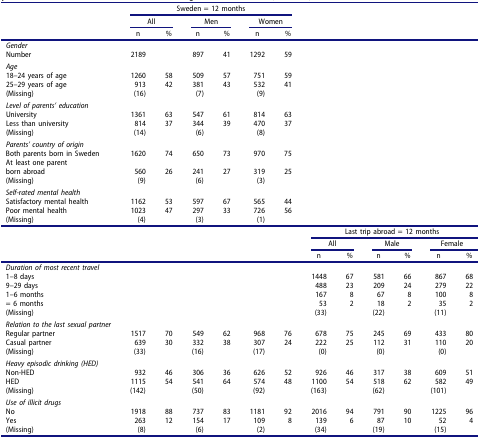
<table><thead><tr><td><b> </b></td><td colspan="6"><b>Sweden = 12 months</b></td><td><b> </b></td><td><b> </b></td><td><b> </b></td><td><b> </b></td><td><b> </b></td><td><b> </b></td></tr><tr><td><b> </b></td><td colspan="2"><b>All</b></td><td colspan="2"><b>Men</b></td><td colspan="2"><b>Women</b></td><td><b> </b></td><td><b> </b></td><td><b> </b></td><td><b> </b></td><td><b> </b></td><td><b> </b></td></tr><tr><td><b> </b></td><td><b>n</b></td><td><b>%</b></td><td><b>n</b></td><td><b>%</b></td><td><b>n</b></td><td><b>%</b></td><td><b> </b></td><td><b> </b></td><td><b> </b></td><td><b> </b></td><td><b> </b></td><td><b> </b></td></tr></thead><tbody><tr><td><i>Gender</i></td><td> </td><td> </td><td> </td><td> </td><td> </td><td> </td><td> </td><td> </td><td> </td><td> </td><td> </td><td> </td></tr><tr><td>Number</td><td>2189</td><td> </td><td>897</td><td>41</td><td>1292</td><td>59</td><td> </td><td> </td><td> </td><td> </td><td> </td><td> </td></tr><tr><td><i>Age</i></td><td> </td><td> </td><td> </td><td> </td><td> </td><td> </td><td> </td><td> </td><td> </td><td> </td><td> </td><td> </td></tr><tr><td>18–24 years of age</td><td>1260</td><td>58</td><td>509</td><td>57</td><td>751</td><td>59</td><td> </td><td> </td><td> </td><td> </td><td> </td><td> </td></tr><tr><td>25–29 years of age</td><td>913</td><td>42</td><td>381</td><td>43</td><td>532</td><td>41</td><td> </td><td> </td><td> </td><td> </td><td> </td><td> </td></tr><tr><td>(Missing)</td><td>(16)</td><td> </td><td>(7)</td><td> </td><td>(9)</td><td> </td><td> </td><td> </td><td> </td><td> </td><td> </td><td> </td></tr><tr><td><i>Level of parents’ education</i></td><td> </td><td> </td><td> </td><td> </td><td> </td><td> </td><td> </td><td> </td><td> </td><td> </td><td> </td><td> </td></tr><tr><td>University</td><td>1361</td><td>63</td><td>547</td><td>61</td><td>814</td><td>63</td><td> </td><td> </td><td> </td><td> </td><td> </td><td> </td></tr><tr><td>Less than university</td><td>814</td><td>37</td><td>344</td><td>39</td><td>470</td><td>37</td><td> </td><td> </td><td> </td><td> </td><td> </td><td> </td></tr><tr><td>(Missing)</td><td>(14)</td><td> </td><td>(6)</td><td> </td><td>(8)</td><td> </td><td> </td><td> </td><td> </td><td> </td><td> </td><td> </td></tr><tr><td><i>Parents’ country of origin</i></td><td> </td><td> </td><td> </td><td> </td><td> </td><td> </td><td> </td><td> </td><td> </td><td> </td><td> </td><td> </td></tr><tr><td>Both parents born in Sweden</td><td>1620</td><td>74</td><td>650</td><td>73</td><td>970</td><td>75</td><td> </td><td> </td><td> </td><td> </td><td> </td><td> </td></tr><tr><td>At least one parent</td><td> </td><td> </td><td> </td><td> </td><td> </td><td> </td><td> </td><td> </td><td> </td><td> </td><td> </td><td> </td></tr><tr><td>born abroad</td><td>560</td><td>26</td><td>241</td><td>27</td><td>319</td><td>25</td><td> </td><td> </td><td> </td><td> </td><td> </td><td> </td></tr><tr><td>(Missing)</td><td>(9)</td><td> </td><td>(6)</td><td> </td><td>(3)</td><td> </td><td> </td><td> </td><td> </td><td> </td><td> </td><td> </td></tr><tr><td><i>Self-rated mental health</i></td><td> </td><td> </td><td> </td><td> </td><td> </td><td> </td><td> </td><td> </td><td> </td><td> </td><td> </td><td> </td></tr><tr><td>Satisfactory mental health</td><td>1162</td><td>53</td><td>597</td><td>67</td><td>565</td><td>44</td><td> </td><td> </td><td> </td><td> </td><td> </td><td> </td></tr><tr><td>Poor mental health</td><td>1023</td><td>47</td><td>297</td><td>33</td><td>726</td><td>56</td><td> </td><td> </td><td> </td><td> </td><td> </td><td> </td></tr><tr><td>(Missing)</td><td>(4)</td><td> </td><td>(3)</td><td> </td><td>(1)</td><td> </td><td> </td><td> </td><td> </td><td> </td><td> </td><td> </td></tr><tr><td> </td><td> </td><td> </td><td> </td><td> </td><td> </td><td> </td><td colspan="6">Last trip abroad = 12 months</td></tr><tr><td> </td><td> </td><td> </td><td> </td><td> </td><td> </td><td> </td><td colspan="2">All</td><td colspan="2">Male</td><td colspan="2">Female</td></tr><tr><td> </td><td> </td><td> </td><td> </td><td> </td><td> </td><td> </td><td>n</td><td>%</td><td>n</td><td>%</td><td>n</td><td>%</td></tr><tr><td><i>Duration of most recent travel</i></td><td> </td><td> </td><td> </td><td> </td><td> </td><td> </td><td> </td><td> </td><td> </td><td> </td><td> </td><td> </td></tr><tr><td>1–8 days</td><td> </td><td> </td><td> </td><td> </td><td> </td><td> </td><td>1448</td><td>67</td><td>581</td><td>66</td><td>867</td><td>68</td></tr><tr><td>9–29 days</td><td> </td><td> </td><td> </td><td> </td><td> </td><td> </td><td>488</td><td>23</td><td>209</td><td>24</td><td>279</td><td>22</td></tr><tr><td>1–6 months</td><td> </td><td> </td><td> </td><td> </td><td> </td><td> </td><td>167</td><td>8</td><td>67</td><td>8</td><td>100</td><td>8</td></tr><tr><td>= 6 months</td><td> </td><td> </td><td> </td><td> </td><td> </td><td> </td><td>53</td><td>2</td><td>18</td><td>2</td><td>35</td><td>2</td></tr><tr><td>(Missing)</td><td> </td><td> </td><td> </td><td> </td><td> </td><td> </td><td>(33)</td><td> </td><td>(22)</td><td> </td><td>(11)</td><td> </td></tr><tr><td><i>Relation to the last sexual partner</i></td><td> </td><td> </td><td> </td><td> </td><td> </td><td> </td><td> </td><td> </td><td> </td><td> </td><td> </td><td> </td></tr><tr><td>Regular partner</td><td>1517</td><td>70</td><td>549</td><td>62</td><td>968</td><td>76</td><td>678</td><td>75</td><td>245</td><td>69</td><td>433</td><td>80</td></tr><tr><td>Casual partner</td><td>639</td><td>30</td><td>332</td><td>38</td><td>307</td><td>24</td><td>222</td><td>25</td><td>112</td><td>31</td><td>110</td><td>20</td></tr><tr><td>(Missing)</td><td>(33)</td><td> </td><td>(16)</td><td> </td><td>(17)</td><td> </td><td>(0)</td><td> </td><td>(0)</td><td> </td><td>(0)</td><td> </td></tr><tr><td><i>Heavy episodic drinking (HED)</i></td><td> </td><td> </td><td> </td><td> </td><td> </td><td> </td><td> </td><td> </td><td> </td><td> </td><td> </td><td> </td></tr><tr><td>Non-HED</td><td>932</td><td>46</td><td>306</td><td>36</td><td>626</td><td>52</td><td>926</td><td>46</td><td>317</td><td>38</td><td>609</td><td>51</td></tr><tr><td>HED</td><td>1115</td><td>54</td><td>541</td><td>64</td><td>574</td><td>48</td><td>1100</td><td>54</td><td>518</td><td>62</td><td>582</td><td>49</td></tr><tr><td>(Missing)</td><td>(142)</td><td> </td><td>(50)</td><td> </td><td>(92)</td><td> </td><td>(163)</td><td> </td><td>(62)</td><td> </td><td>(101)</td><td> </td></tr><tr><td><i>Use of illicit drugs</i></td><td> </td><td> </td><td> </td><td> </td><td> </td><td> </td><td> </td><td> </td><td> </td><td> </td><td> </td><td> </td></tr><tr><td>No</td><td>1918</td><td>88</td><td>737</td><td>83</td><td>1181</td><td>92</td><td>2016</td><td>94</td><td>791</td><td>90</td><td>1225</td><td>96</td></tr><tr><td>Yes</td><td>263</td><td>12</td><td>154</td><td>17</td><td>109</td><td>8</td><td>139</td><td>6</td><td>87</td><td>10</td><td>52</td><td>4</td></tr><tr><td>(Missing)</td><td>(8)</td><td> </td><td>(6)</td><td> </td><td>(2)</td><td> </td><td>(34)</td><td> </td><td>(19)</td><td> </td><td>(15)</td><td> </td></tr></tbody></table>